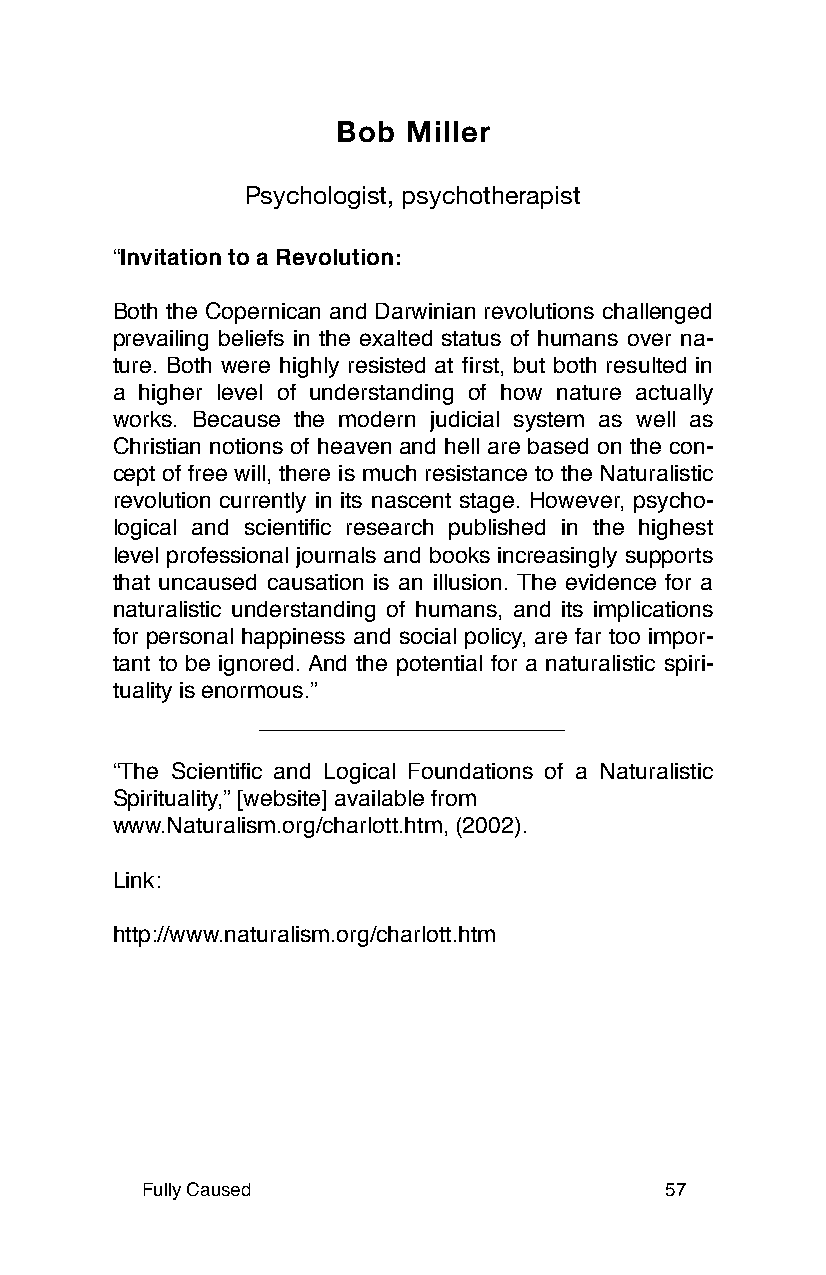
Bob  Miller
 Psychologist, psychotherapist
 “Invitation to a Revolution:
 Both the Copernican and Darwinian revolutions challenged
 prevailing beliefs in the exalted status of humans over na-
 ture. Both were highly resisted at first, but both resulted in
 a higher level of understanding of how nature actually
 works. Because the modern judicial system as well as
 Christian notions of heaven and hell are based on the con-
 cept of free will, there is much resistance to the Naturalistic
 revolution currently in its nascent stage. However, psycho-
 logical and scientific research published in the highest
 level professional journals and books increasingly supports
 that uncaused causation is an illusion. The evidence for a
 naturalistic understanding of humans, and its implications
 for personal happiness and social policy, are far too impor-
 tant to be ignored. And the potential for a naturalistic spiri-
 tuality is enormous.”
 “The Scientific and Logical Foundations of a Naturalistic
 Spirituality,” [website] available from
 www.Naturalism.org/charlott.htm, (2002).
 Link:
 http://www.naturalism.org/charlott.htm
 Fully Caused                       57